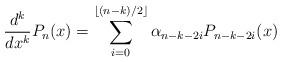
LaTeX: \begin{align*}\dfrac{d^{k}}{dx^{k}}P_{n}(x)=\sum_{i=0}^{\lfloor (n-k)/2 \rfloor} \alpha_{n-k-2i}P_{n-k-2i}(x)\end{align*}